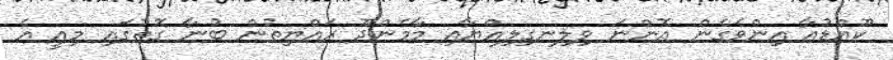
ކޫއްޑުއާ އިންވެގެން އޮންނަ ވިލިނގިލިއްޔާއި މާމެންދޫ ރައްޔިތުން ބުނާ ގޮތުގައި މިއީ އެ